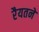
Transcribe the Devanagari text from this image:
रैयतने